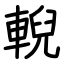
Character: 輗